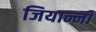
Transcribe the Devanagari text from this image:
जियान्नी